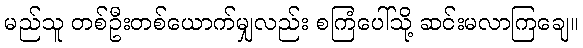
မည်သူ တစ်ဦးတစ်ယောက်မျှလည်း စကြံပေါ်သို့ ဆင်းမလာကြချေ။